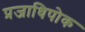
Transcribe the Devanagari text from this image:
प्रजाधिपोक